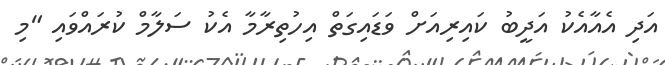
އަދި އެއާއެކު އަދީބު ކައިރިއަށް ވަޑައިގަތް އިހުތިރާމާ އެކު ސަލާމް ކުރައްވައި "މި